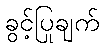
ခွင့်ပြုချက်